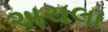
અચલા